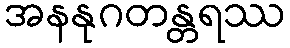
အနနုဂတန္တရဿ